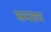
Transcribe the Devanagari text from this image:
सन्‍ताप